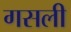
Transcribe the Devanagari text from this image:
गसली